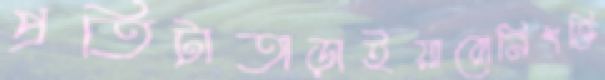
প্রতিটাতাড়াইয়ারোনিশক্তি